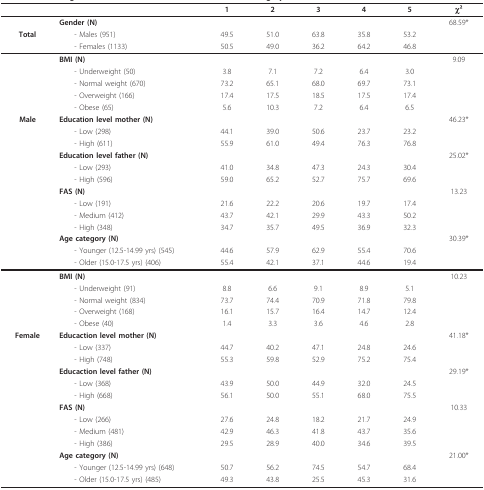
<table><thead><tr><td></td><td></td><td><b>1</b></td><td><b>2</b></td><td><b>3</b></td><td><b>4</b></td><td><b>5</b></td><td><b>χ2</b></td></tr></thead><tbody><tr><td></td><td><b>Gender (N)</b></td><td></td><td></td><td></td><td></td><td></td><td>68.59*</td></tr><tr><td><b>Total</b></td><td> - Males (951)</td><td>49.5</td><td>51.0</td><td>63.8</td><td>35.8</td><td>53.2</td><td></td></tr><tr><td></td><td> - Females (1133)</td><td>50.5</td><td>49.0</td><td>36.2</td><td>64.2</td><td>46.8</td><td></td></tr><tr><td></td><td><b>BMI (N)</b></td><td></td><td></td><td></td><td></td><td></td><td>9.09</td></tr><tr><td></td><td> - Underweight (50)</td><td>3.8</td><td>7.1</td><td>7.2</td><td>6.4</td><td>3.0</td><td></td></tr><tr><td></td><td> - Normal weight (670)</td><td>73.2</td><td>65.1</td><td>68.0</td><td>69.7</td><td>73.1</td><td></td></tr><tr><td></td><td> - Overweight (166)</td><td>17.4</td><td>17.5</td><td>18.5</td><td>17.5</td><td>17.4</td><td></td></tr><tr><td></td><td> - Obese (65)</td><td>5.6</td><td>10.3</td><td>7.2</td><td>6.4</td><td>6.5</td><td></td></tr><tr><td><b>Male</b></td><td><b>Education level mother (N)</b></td><td></td><td></td><td></td><td></td><td></td><td>46.23*</td></tr><tr><td></td><td> - Low (298)</td><td>44.1</td><td>39.0</td><td>50.6</td><td>23.7</td><td>23.2</td><td></td></tr><tr><td></td><td> - High (611)</td><td>55.9</td><td>61.0</td><td>49.4</td><td>76.3</td><td>76.8</td><td></td></tr><tr><td></td><td><b>Education level father (N)</b></td><td></td><td></td><td></td><td></td><td></td><td>25.02*</td></tr><tr><td></td><td> - Low (293)</td><td>41.0</td><td>34.8</td><td>47.3</td><td>24.3</td><td>30.4</td><td></td></tr><tr><td></td><td> - High (596)</td><td>59.0</td><td>65.2</td><td>52.7</td><td>75.7</td><td>69.6</td><td></td></tr><tr><td></td><td><b>FAS (N)</b></td><td></td><td></td><td></td><td></td><td></td><td>13.23</td></tr><tr><td></td><td> - Low (191)</td><td>21.6</td><td>22.2</td><td>20.6</td><td>19.7</td><td>17.4</td><td></td></tr><tr><td></td><td> - Medium (412)</td><td>43.7</td><td>42.1</td><td>29.9</td><td>43.3</td><td>50.2</td><td></td></tr><tr><td></td><td> - High (348)</td><td>34.7</td><td>35.7</td><td>49.5</td><td>36.9</td><td>32.3</td><td></td></tr><tr><td></td><td><b>Age category (N)</b></td><td></td><td></td><td></td><td></td><td></td><td>30.39*</td></tr><tr><td></td><td> - Younger (12.5-14.99 yrs) (545)</td><td>44.6</td><td>57.9</td><td>62.9</td><td>55.4</td><td>70.6</td><td></td></tr><tr><td></td><td> - Older (15.0-17.5 yrs) (406)</td><td>55.4</td><td>42.1</td><td>37.1</td><td>44.6</td><td>19.4</td><td></td></tr><tr><td></td><td><b>BMI (N)</b></td><td></td><td></td><td></td><td></td><td></td><td>10.23</td></tr><tr><td></td><td> - Underweight (91)</td><td>8.8</td><td>6.6</td><td>9.1</td><td>8.9</td><td>5.1</td><td></td></tr><tr><td></td><td> - Normal weight (834)</td><td>73.7</td><td>74.4</td><td>70.9</td><td>71.8</td><td>79.8</td><td></td></tr><tr><td></td><td> - Overweight (168)</td><td>16.1</td><td>15.7</td><td>16.4</td><td>14.7</td><td>12.4</td><td></td></tr><tr><td></td><td> - Obese (40)</td><td>1.4</td><td>3.3</td><td>3.6</td><td>4.6</td><td>2.8</td><td></td></tr><tr><td><b>Female</b></td><td><b>Educaction level mother (N)</b></td><td></td><td></td><td></td><td></td><td></td><td>41.18*</td></tr><tr><td></td><td> - Low (337)</td><td>44.7</td><td>40.2</td><td>47.1</td><td>24.8</td><td>24.6</td><td></td></tr><tr><td></td><td> - High (748)</td><td>55.3</td><td>59.8</td><td>52.9</td><td>75.2</td><td>75.4</td><td></td></tr><tr><td></td><td><b>Educaction level father (N)</b></td><td></td><td></td><td></td><td></td><td></td><td>29.19*</td></tr><tr><td></td><td> - Low (368)</td><td>43.9</td><td>50.0</td><td>44.9</td><td>32.0</td><td>24.5</td><td></td></tr><tr><td></td><td> - High (668)</td><td>56.1</td><td>50.0</td><td>55.1</td><td>68.0</td><td>75.5</td><td></td></tr><tr><td></td><td><b>FAS (N)</b></td><td></td><td></td><td></td><td></td><td></td><td>10.33</td></tr><tr><td></td><td> - Low (266)</td><td>27.6</td><td>24.8</td><td>18.2</td><td>21.7</td><td>24.9</td><td></td></tr><tr><td></td><td> - Medium (481)</td><td>42.9</td><td>46.3</td><td>41.8</td><td>43.7</td><td>35.6</td><td></td></tr><tr><td></td><td> - High (386)</td><td>29.5</td><td>28.9</td><td>40.0</td><td>34.6</td><td>39.5</td><td></td></tr><tr><td></td><td><b>Age category (N)</b></td><td></td><td></td><td></td><td></td><td></td><td>21.00*</td></tr><tr><td></td><td> - Younger (12.5-14.99 yrs) (648)</td><td>50.7</td><td>56.2</td><td>74.5</td><td>54.7</td><td>68.4</td><td></td></tr><tr><td></td><td> - Older (15.0-17.5 yrs) (485)</td><td>49.3</td><td>43.8</td><td>25.5</td><td>45.3</td><td>31.6</td><td></td></tr></tbody></table>